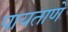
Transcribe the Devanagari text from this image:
पायताणे